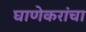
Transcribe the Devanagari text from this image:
घाणेकरांचा